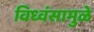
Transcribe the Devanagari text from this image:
विध्वंसामुळे